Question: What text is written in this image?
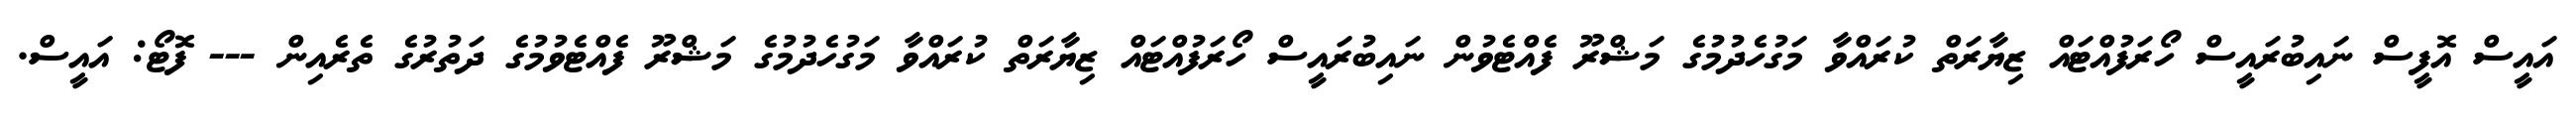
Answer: އައީސް އޮފީސް ނައިބުރައީސް ހޯރަފުއްޓައް ޒިޔާރަތް ކުރައްވާ މަގުހެދުމުގެ މަޝްރޫ ފެއްޓެވުން ނައިބުރައީސް ހޯރަފުއްޓައް ޒިޔާރަތް ކުރައްވާ މަގުހެދުމުގެ މަޝްރޫ ފެއްޓެވުމުގެ ދަތުރުގެ ތެރެއިން --- ފޮޓޯ: އައީސް.